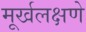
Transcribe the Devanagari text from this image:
मूर्खलक्षणे